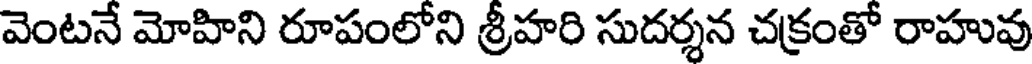
వెంటనే మోహిని రూపంలోని శ్రీహరి సుదర్శన చక్రంతో రాహువు